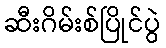
ဆီးဂိမ်းစ်ပြိုင်ပွဲ